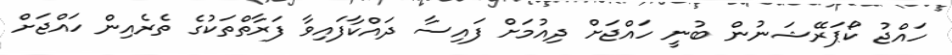
ހައްޖު ކޯޕަރޭޝަނުން ބުނީ ހައްޖަށް ދިއުމަށް ފައިސާ ދައްކާފައިވާ ފަރާތްތަކުގެ ތެރެއިން ހައްޖަށް